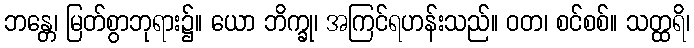
ဘန္တေ၊ မြတ်စွာဘုရား၌။ ယော ဘိက္ခု၊ အကြင်ရဟန်းသည်။ ဝတ၊ စင်စစ်။ သတ္ထရိ၊